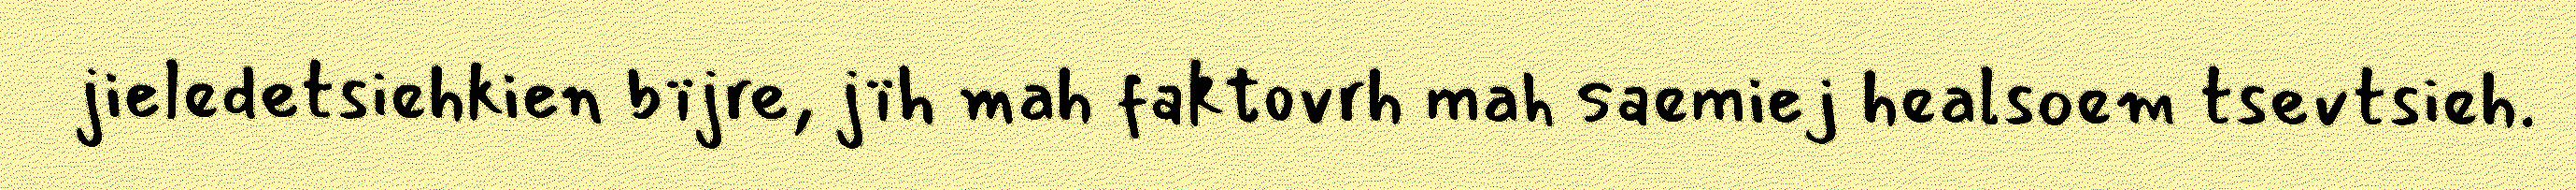
jieledetsiehkien bïjre, jïh mah faktovrh mah saemiej healsoem tsevtsieh.